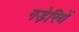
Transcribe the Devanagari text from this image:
गड़ेरियें